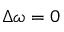
\Delta \omega = 0